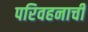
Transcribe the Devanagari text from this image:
परिवहनाची